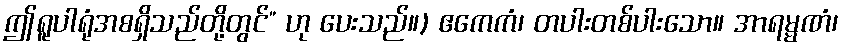
ဤရူပါရုံအစရှိသည်တို့တွင်” ဟု ပေးသည်။) ဧကေကံ၊ တပါးတစ်ပါးသော။ အာရမ္မဏံ၊